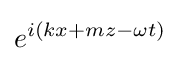
e^{i(kx+mz-\omega t)}